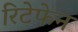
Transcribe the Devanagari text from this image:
रिटेफेन